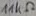
Text: 11KΩ